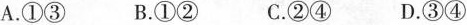
A.①③B.①②C.②④D.③④